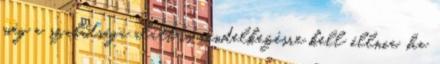
még a szabadsága alatt is rendelkezésre kell állnia, ha